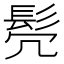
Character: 𫘻